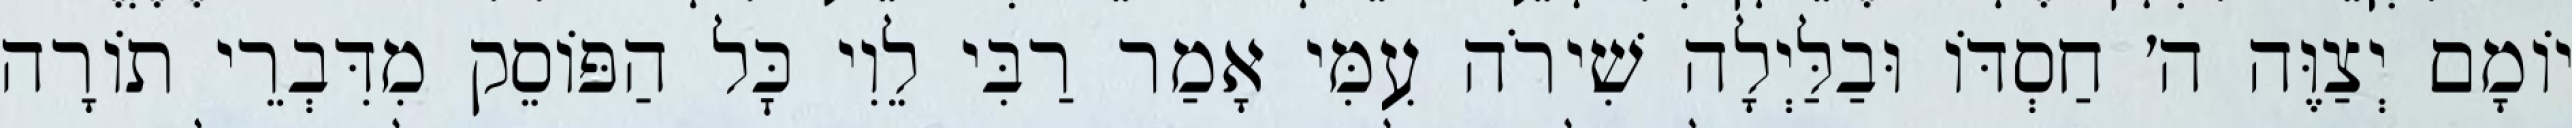
יוֹמָם יְצַוֶּה ה׳ חַסְדּוֹ וּבַלַּיְלָה שִׁירֹה עִמִּי אָמַר רַבִּי לֵוִי כׇּל הַפּוֹסֵק מִדִּבְרֵי תוֹרָה